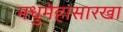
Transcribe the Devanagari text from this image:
मधुमेहासारखा